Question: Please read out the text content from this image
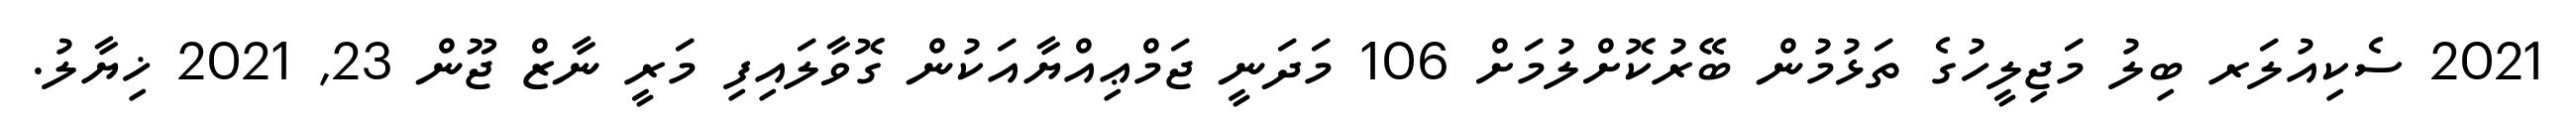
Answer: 2021 ސެކިއުލަރ ބިލު މަޖިލީހުގެ ތަޅުމުން ބޭރުކޮށްލުމަށް 106 މަދަނީ ޖަމްޢިއްޔާއަކުން ގޮވާލައިފި މަރީ ނާޒް ޖޫން 23, 2021 ޚިޔާލު.